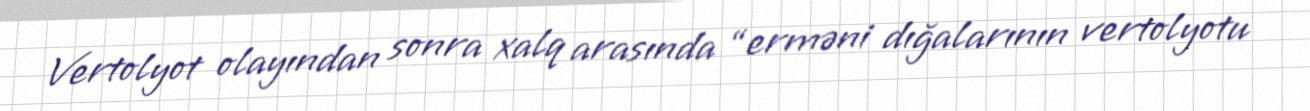
Vertolyot olayından sonra xalq arasında “erməni dığalarının vertolyotu